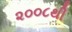
૨૦૦૮થી